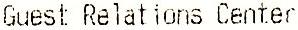
GUEST RELATIONS CENTER